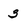
Character: 3